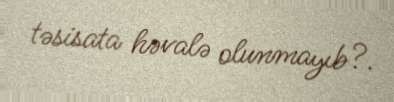
təsisata həvalə olunmayıb?.